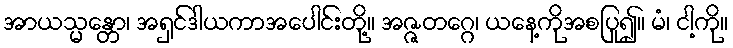
အာယသ္မန္တော၊ အရှင်ဒါယကာအပေါင်းတို့။ အဇ္ဇတဂ္ဂေ၊ ယနေ့ကိုအစပြု၍။ မံ၊ ငါ့ကို။